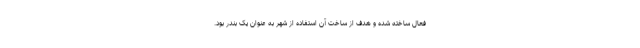
فعال ساخته شده و هدف از ساخت آن استفاده از شهر به عنوان یک بندر بود.